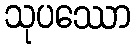
သုပဿော